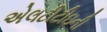
એલટીટીઇની